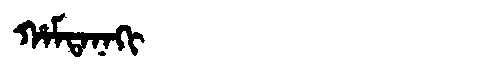
Manchu: ᡥᠠᠮᡨᠠᠨᠠᡴᡳ
Romanization: HAMTANAKI